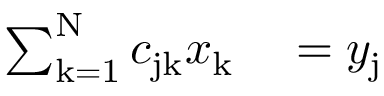
\begin{array} { r l } { \sum _ { \mathrm { k } = 1 } ^ { \mathrm { N } } c _ { \mathrm { j k } } x _ { \mathrm { k } } } & { { } = y _ { \mathrm { j } } } \end{array}